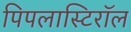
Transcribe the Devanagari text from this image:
पिपलास्टिरॉल